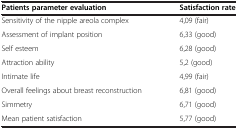
<table><thead><tr><td><b>Patients parameter evaluation</b></td><td><b>Satisfaction rate</b></td></tr></thead><tbody><tr><td>Sensitivity of the nipple areola complex</td><td>4,09 (fair)</td></tr><tr><td>Assessment of implant position</td><td>6,33 (good)</td></tr><tr><td>Self esteem</td><td>6,28 (good)</td></tr><tr><td>Attraction ability</td><td>5,2 (good)</td></tr><tr><td>Intimate life</td><td>4,99 (fair)</td></tr><tr><td>Overall feelings about breast reconstruction</td><td>6,81 (good)</td></tr><tr><td>Simmetry</td><td>6,71 (good)</td></tr><tr><td>Mean patient satisfaction</td><td>5,77 (good)</td></tr></tbody></table>